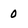
Character: 0